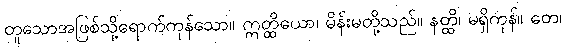
တူသောအဖြစ်သို့ရောက်ကုန်သော။ ဣတ္ထိယော၊ မိန်းမတို့သည်။ နတ္ထိ၊ မရှိကုန်။ တေ၊